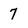
Character: 7